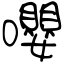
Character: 嚶